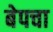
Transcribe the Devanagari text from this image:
बेपचा